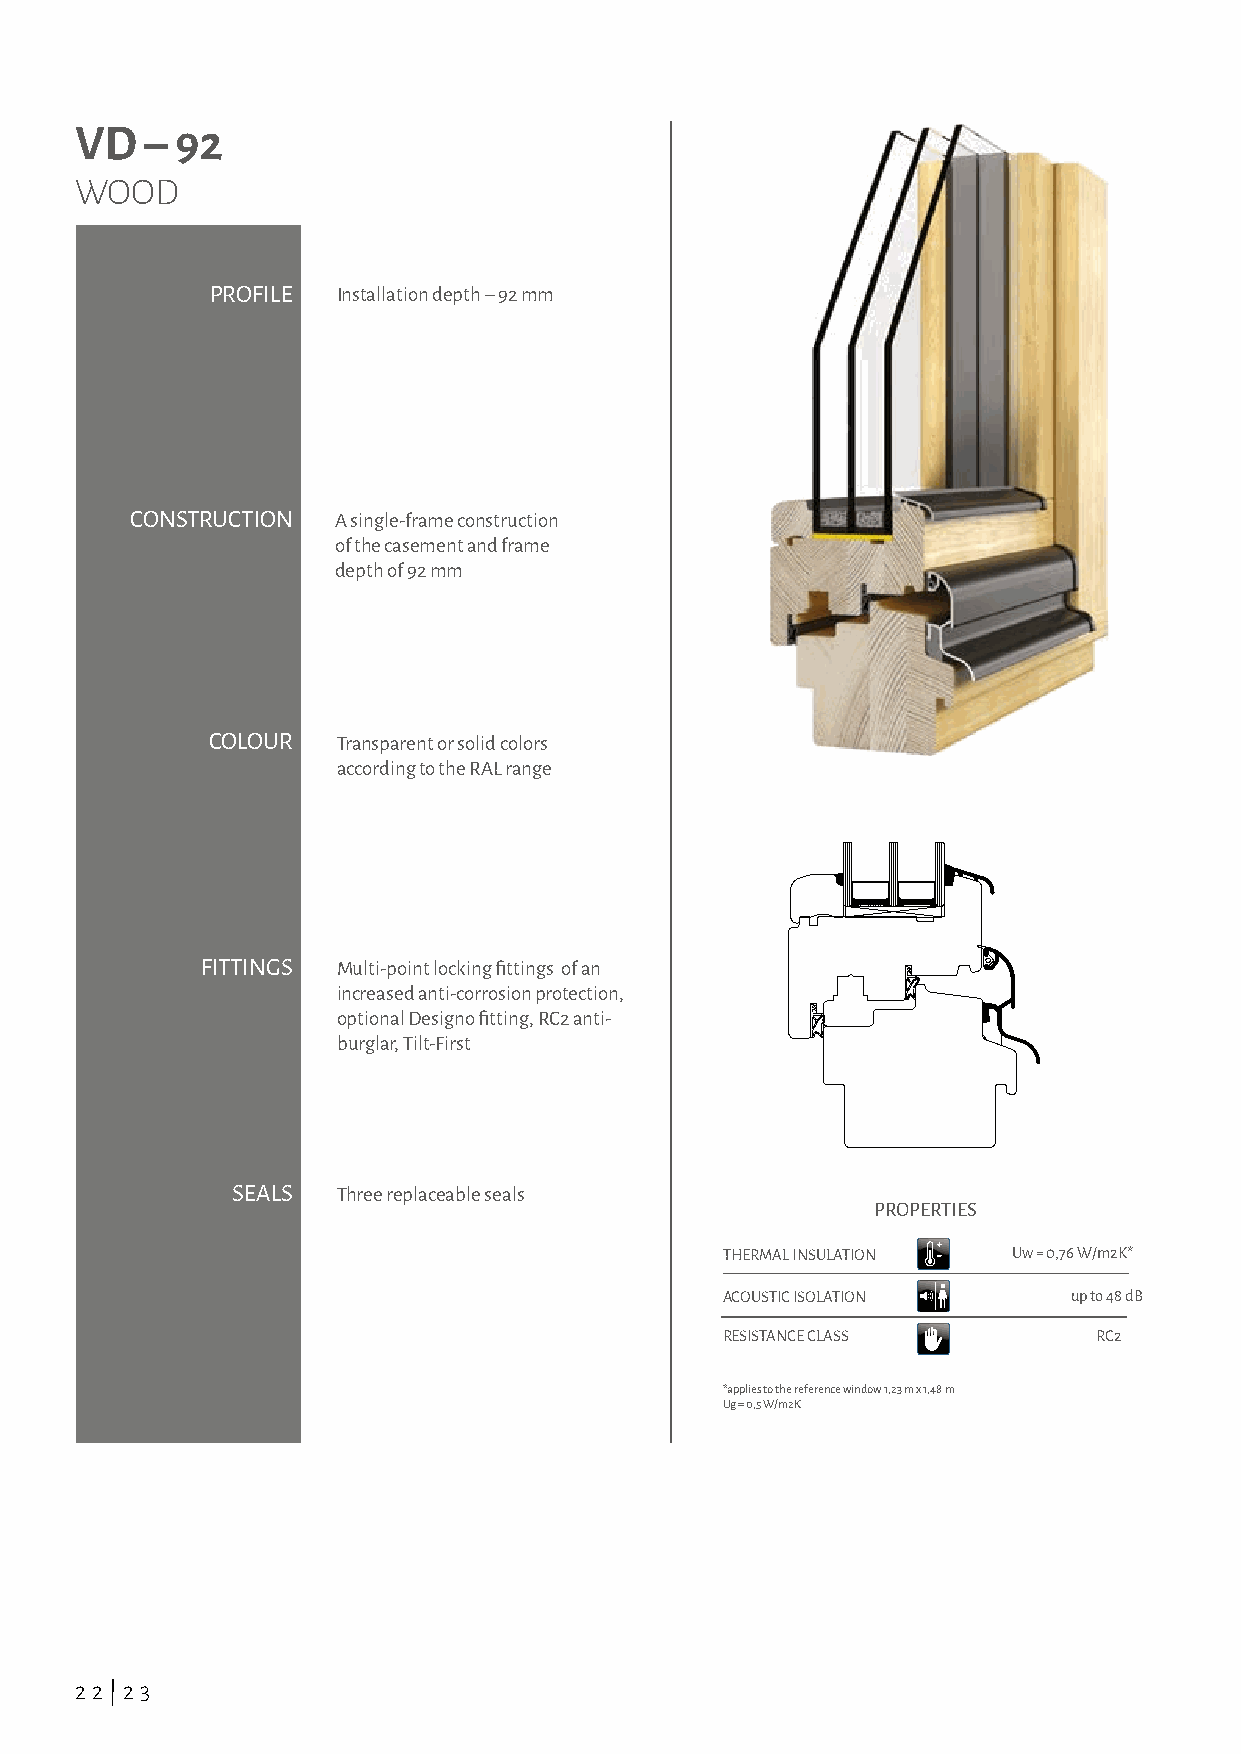
VD   – 92
 WOOD
 PROFILE Installation depth – 92 mm
 CONSTRUCTION A single-frame construction
 of the casement and frame
 depth of 92 mm
 COLOUR  Transparent or solid colors
 according to the RAL range
 FITTINGS Multi-point locking fittings of an
 increased anti-corrosion protection,
 optional Designo fitting, RC2 anti-
 burglar, Tilt-First
 SEALS  Three replaceable seals
 PROPERTIES
 THERMAL INSULATION Uw = 0,76 W/m2K*
 ACOUSTIC ISOLATION     up to 48 dB
 RESISTANCE CLASS         RC2
 *applies to the reference window 1,23 m x 1,48 m
 Ug = 0,5 W/m2K
 22|23